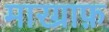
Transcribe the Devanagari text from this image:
मारग्राफ़